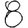
Digit: 8